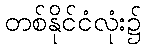
တစ်နိုင်ငံလုံး၌